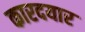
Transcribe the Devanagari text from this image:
कारदयार